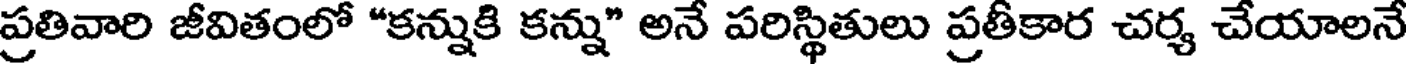
ప్రతివారి జీవితంలో "కన్నుకి కన్ను" అనే పరిస్థితులు ప్రతీకార చర్య చేయాలనే